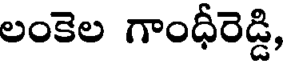
లంకెల గాంధీరెడ్డి,